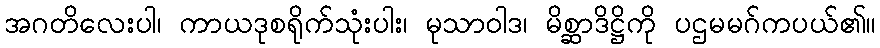
အဂတိလေးပါ၊ ကာယဒုစရိုက်သုံးပါး၊ မုသာဝါဒ၊ မိစ္ဆာဒိဋ္ဌိကို ပဌမမဂ်ကပယ်၏။